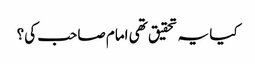
کیا یہ تحقیق تھی امام صاحب کی؟